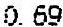
0.69